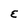
Character: E